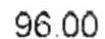
96.00